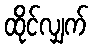
ထိုင်လျှက်